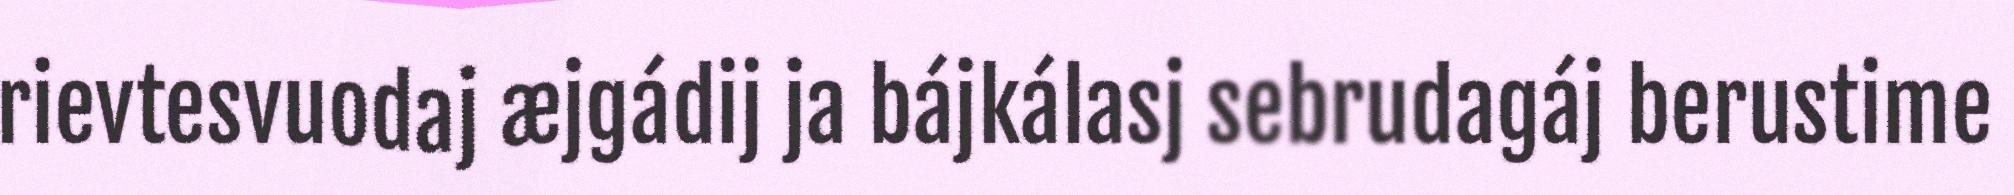
rievtesvuodaj æjgádij ja bájkálasj sebrudagáj berustime